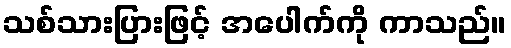
သစ်သားပြားဖြင့် အပေါက်ကို ကာသည်။